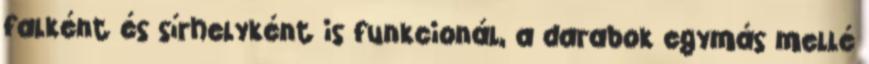
falként és sírhelyként is funkcionál, a darabok egymás mellé